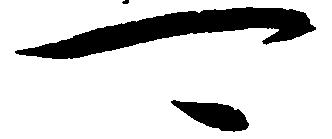
可